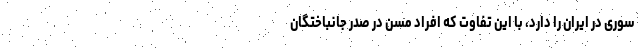
سوری در ایران را دارد، با این تفاوت که افراد مسن در صدر جانباختگان